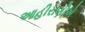
આહીરાણીએ